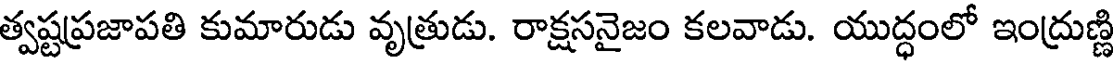
త్వష్టప్రజాపతి కుమారుడు వృత్రుడు. రాక్షసనైజం కలవాడు. యుద్ధంలో ఇంద్రుణ్ణి